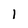
Character: l